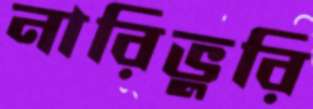
নারিভুরি